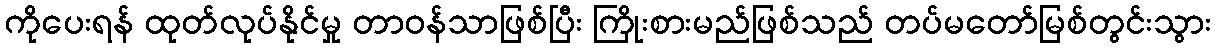
ကိုပေးရန် ထုတ်လုပ်နိုင်မှု တာဝန်သာဖြစ်ပြီး ကြိုးစားမည်ဖြစ်သည် တပ်မတော်မြစ်တွင်းသွား